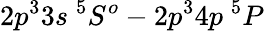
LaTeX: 2p^{3}3s~^{5}S^{o}-2p^{3}4p~^{5}P